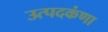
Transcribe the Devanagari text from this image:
उत्पदकंणा